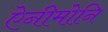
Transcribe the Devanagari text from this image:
ऐनीमोनि